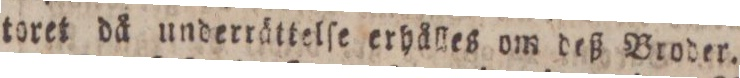
toret då underrättelſe erhålles om deß Broder.